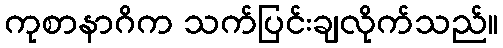
ကုစာနာဂိက သက်ပြင်းချလိုက်သည်။